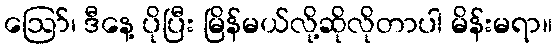
ဪ၊ ဒီနေ့ ပိုပြီး မြိန်မယ်လို့ဆိုလိုတာပါ မိန်းမရာ။